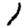
Digit: 1